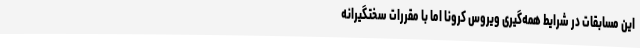
این مسابقات در شرایط همه‌گیری ویروس کرونا اما با مقررات سختگیرانه